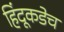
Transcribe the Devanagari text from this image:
हिंदूकडेच